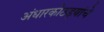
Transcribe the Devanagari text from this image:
अंधारकोठड्यांचे